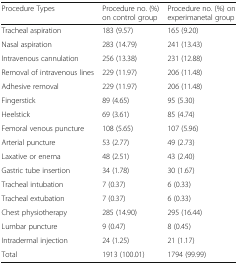
<table><thead><tr><td><b>Procedure Types</b></td><td><b>Procedure no. (%) on control group</b></td><td><b>Procedure no. (%) on experimanetal group</b></td></tr></thead><tbody><tr><td>Tracheal aspiration</td><td>183 (9.57)</td><td>165 (9.20)</td></tr><tr><td>Nasal aspiration</td><td>283 (14.79)</td><td>241 (13.43)</td></tr><tr><td>Intravenous cannulation</td><td>256 (13.38)</td><td>231 (12.88)</td></tr><tr><td>Removal of intravenous lines</td><td>229 (11.97)</td><td>206 (11.48)</td></tr><tr><td>Adhesive removal</td><td>229 (11.97)</td><td>206 (11.48)</td></tr><tr><td>Fingerstick</td><td>89 (4.65)</td><td>95 (5.30)</td></tr><tr><td>Heelstick</td><td>69 (3.61)</td><td>85 (4.74)</td></tr><tr><td>Femoral venous puncture</td><td>108 (5.65)</td><td>107 (5.96)</td></tr><tr><td>Arterial puncture</td><td>53 (2.77)</td><td>49 (2.73)</td></tr><tr><td>Laxative or enema</td><td>48 (2.51)</td><td>43 (2.40)</td></tr><tr><td>Gastric tube insertion</td><td>34 (1.78)</td><td>30 (1.67)</td></tr><tr><td>Tracheal intubation</td><td>7 (0.37)</td><td>6 (0.33)</td></tr><tr><td>Tracheal extubation</td><td>7 (0.37)</td><td>6 (0.33)</td></tr><tr><td>Chest physiotherapy</td><td>285 (14.90)</td><td>295 (16.44)</td></tr><tr><td>Lumbar puncture</td><td>9 (0.47)</td><td>8 (0.45)</td></tr><tr><td>Intradermal injection</td><td>24 (1.25)</td><td>21 (1.17)</td></tr><tr><td>Total</td><td>1913 (100.01)</td><td>1794 (99.99)</td></tr></tbody></table>